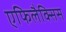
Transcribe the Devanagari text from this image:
एफिलैक्सिस